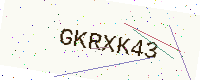
Text: GKRXK43